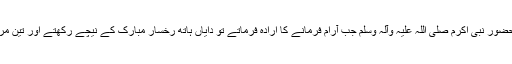
''اُمّ المؤمنین حضرت حفصہ رضي اﷲ عنہا سے مروی ہے کہ حضور نبی اکرم صلی اللہ علیہ وآلہ وسلم جب آرام فرمانے کا ارادہ فرماتے تو دایاں ہاتھ رُخسار مبارک کے نیچے رکھتے اور تین مرتبہ یہ دعا پڑھتے : {اَللّٰھُمَّ قِنِي عَذَابَکَ یَوْمَ تَبْعَثُ عِبَادَکَ} اے اللہ!